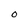
Character: O